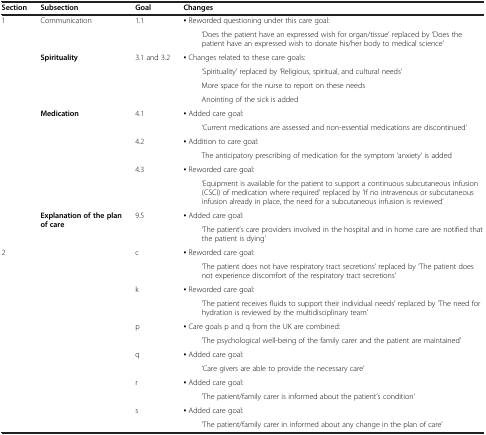
<table><thead><tr><td><b>Section</b></td><td><b>Subsection</b></td><td><b>Goal</b></td><td><b>Changes</b></td></tr></thead><tbody><tr><td rowspan="2">1</td><td rowspan="2">Communication</td><td rowspan="2">1.1</td><td>▪ Reworded questioning under this care goal:</td></tr><tr><td>‘Does the patient have an expressed wish for organ/tissue’ replaced by ‘Does the patient have an expressed wish to donate his/her body to medical science’</td></tr><tr><td rowspan="4"></td><td rowspan="4"><b>Spirituality</b></td><td rowspan="4">3.1 and 3.2</td><td>▪ Changes related to these care goals:</td></tr><tr><td>‘Spirituality’ replaced by ‘Religious, spiritual, and cultural needs’</td></tr><tr><td>More space for the nurse to report on these needs</td></tr><tr><td>Anointing of the sick is added</td></tr><tr><td rowspan="2"></td><td rowspan="2"><b>Medication</b></td><td rowspan="2">4.1</td><td>▪ Added care goal:</td></tr><tr><td>‘Current medications are assessed and non-essential medications are discontinued’</td></tr><tr><td rowspan="2"></td><td rowspan="2"></td><td rowspan="2">4.2</td><td>▪ Addition to care goal:</td></tr><tr><td>The anticipatory prescribing of medication for the symptom ‘anxiety’ is added</td></tr><tr><td rowspan="2"></td><td rowspan="2"></td><td rowspan="2">4.3</td><td>▪ Reworded care goal:</td></tr><tr><td>‘Equipment is available for the patient to support a continuous subcutaneous infusion (CSCI) of medication where required’ replaced by ‘If no intravenous or subcutaneous infusion already in place, the need for a subcutaneous infusion is reviewed’</td></tr><tr><td rowspan="2"></td><td rowspan="2"><b>Explanation of the plan of care</b></td><td rowspan="2">9.5</td><td>▪ Added care goal:</td></tr><tr><td>‘The patient’s care providers involved in the hospital and in home care are notified that the patient is dying’</td></tr><tr><td rowspan="2">2</td><td rowspan="2"></td><td rowspan="2">c</td><td>▪ Reworded care goal:</td></tr><tr><td>‘The patient does not have respiratory tract secretions’ replaced by ‘The patient does not experience discomfort of the respiratory tract secretions’</td></tr><tr><td rowspan="2"></td><td rowspan="2"></td><td rowspan="2">k</td><td>▪ Reworded care goal:</td></tr><tr><td>‘The patient receives fluids to support their individual needs’ replaced by ‘The need for hydration is reviewed by the multidisciplinary team’</td></tr><tr><td rowspan="2"></td><td rowspan="2"></td><td rowspan="2">p</td><td>▪ Care goals p and q from the UK are combined:</td></tr><tr><td>‘The psychological well-being of the family carer and the patient are maintained’</td></tr><tr><td rowspan="2"></td><td rowspan="2"></td><td rowspan="2">q</td><td>▪ Added care goal:</td></tr><tr><td>‘Care givers are able to provide the necessary care’</td></tr><tr><td rowspan="2"></td><td rowspan="2"></td><td rowspan="2">r</td><td>▪ Added care goal:</td></tr><tr><td>‘The patient/family carer is informed about the patient’s condition’</td></tr><tr><td rowspan="2"></td><td rowspan="2"></td><td rowspan="2">s</td><td>▪ Added care goal:</td></tr><tr><td>‘The patient/family carer in informed about any change in the plan of care’</td></tr></tbody></table>